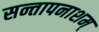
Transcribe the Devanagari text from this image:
सन्तापनाशम्